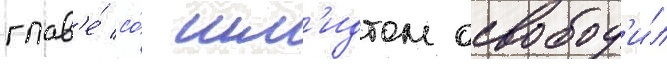
глав'е́ со́ шм'идтом освобод'и́л